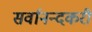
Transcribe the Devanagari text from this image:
सर्वानन्दकरी